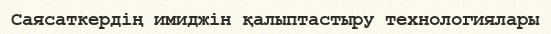
Саясаткердің имиджін қалыптастыру технологиялары